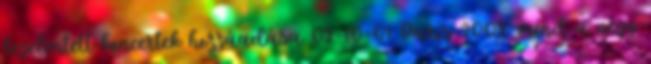
bejelentett koncertek hozzáadása 02-10-01 Paris 2002: mind a négy